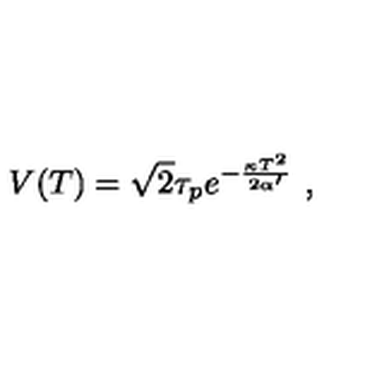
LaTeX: V ( T ) = \sqrt { 2 } \tau _ { p } e ^ { - { \frac { \kappa T ^ { 2 } } { 2 \alpha ^ { \prime } } } } \ ,